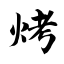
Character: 烤